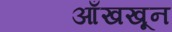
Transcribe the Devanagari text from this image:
आँखखून